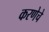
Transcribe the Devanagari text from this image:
करणेचे